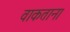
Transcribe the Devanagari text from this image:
वाकताना